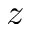
z